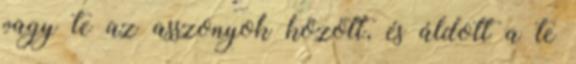
vagy te az asszonyok között, és áldott a te